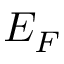
E _ { F }